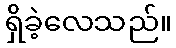
ရှိခဲ့လေသည်။